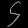
Digit: ၄